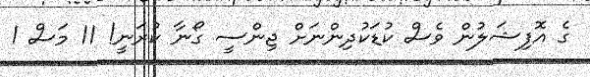
ގެ އޮފިޝަލުން ވެސް ކުޑަކުދިންނަށް ޖިންސީ ގޯނާ ކުރަނީ! 11 މަސް 1